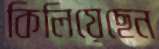
কিলিয়েছেন